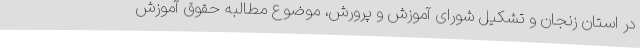
در استان زنجان و تشکیل شورای آموزش و پرورش، موضوع مطالبه حقوق آموزش